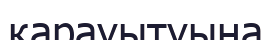
қарауытуына